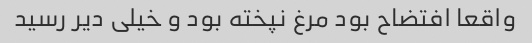
واقعا افتضاح بود مرغ نپخته بود و خیلی دیر رسید